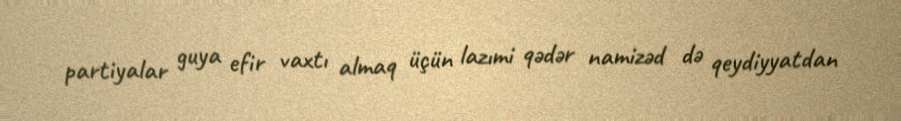
partiyalar guya efir vaxtı almaq üçün lazımi qədər namizəd də qeydiyyatdan